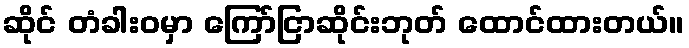
ဆိုင် တံခါးဝမှာ ကြော်ငြာဆိုင်းဘုတ် ထောင်ထားတယ်။